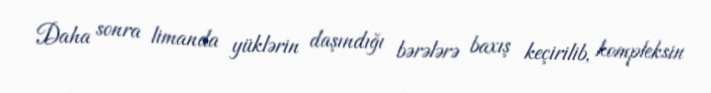
Daha sonra limanda yüklərin daşındığı bərələrə baxış keçirilib, kompleksin